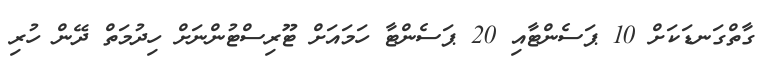
ގާތްގަނޑަކަށް 10 ޕަސެންޓާއި 20 ޕަސެންޓާ ހަމައަށް ޓޫރިސްޓުންނަށް ހިދުމަތް ދޭން ހުރި